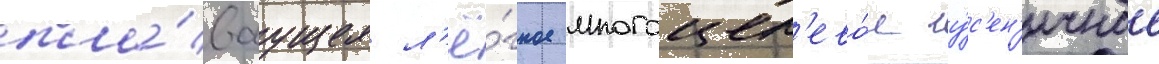
пла́ваущее л'ё́гкое многоцел'ево́е гу́с'ен'ичное